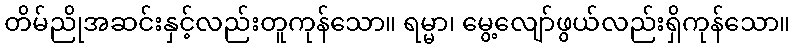
တိမ်ညိုအဆင်းနှင့်လည်းတူကုန်သော။ ရမ္မာ၊ မွေ့လျော်ဖွယ်လည်းရှိကုန်သော။